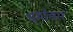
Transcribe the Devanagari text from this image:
धर्माचार